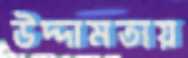
উদ্দামতায়